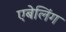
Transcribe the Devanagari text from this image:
एबेलिंग